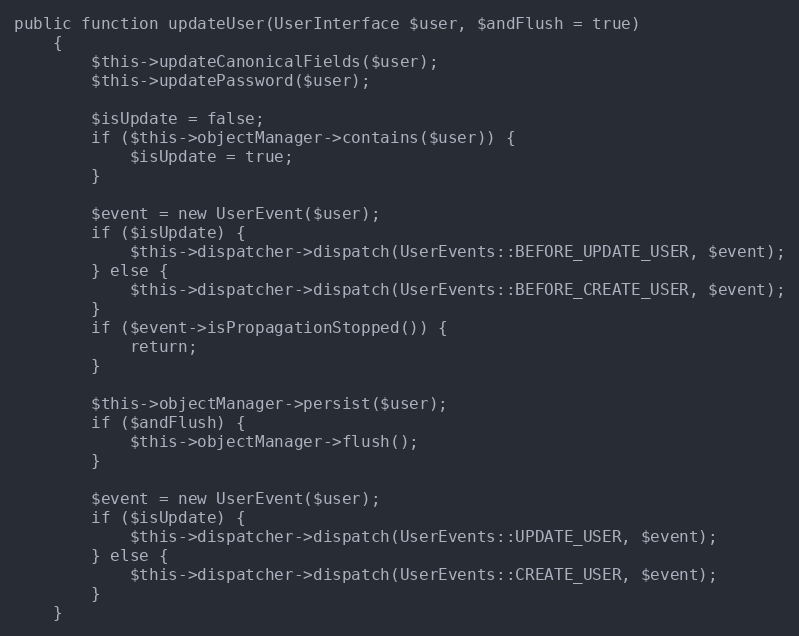
Language: PHP
public function updateUser(UserInterface $user, $andFlush = true)
    {
        $this->updateCanonicalFields($user);
        $this->updatePassword($user);

        $isUpdate = false;
        if ($this->objectManager->contains($user)) {
            $isUpdate = true;
        }

        $event = new UserEvent($user);
        if ($isUpdate) {
            $this->dispatcher->dispatch(UserEvents::BEFORE_UPDATE_USER, $event);
        } else {
            $this->dispatcher->dispatch(UserEvents::BEFORE_CREATE_USER, $event);
        }
        if ($event->isPropagationStopped()) {
            return;
        }

        $this->objectManager->persist($user);
        if ($andFlush) {
            $this->objectManager->flush();
        }

        $event = new UserEvent($user);
        if ($isUpdate) {
            $this->dispatcher->dispatch(UserEvents::UPDATE_USER, $event);
        } else {
            $this->dispatcher->dispatch(UserEvents::CREATE_USER, $event);
        }
    }